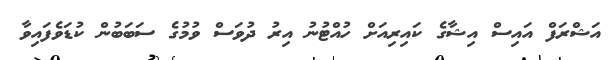
އަޝްރަފް އައިސް އިޝާގެ ކައިރިއަށް ހުއްޓުނު އިރު ދުވަސް ވުމުގެ ސަބަބުން ކުޑަވެފައިވާ